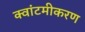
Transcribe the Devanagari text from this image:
क्वांटमीकरण